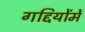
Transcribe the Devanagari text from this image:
गद्दियोंमें